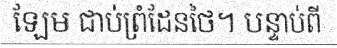
ឡែម ជាប់ព្រំដែនថៃ។ បន្ទាប់ពី